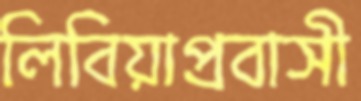
লিবিয়াপ্রবাসী